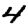
Digit: 4